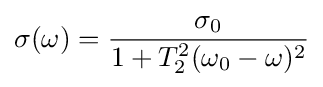
\sigma (\omega )={\frac {\sigma _{0}}{1+T_{2}^{2}(\omega _{0}-\omega )^{2}}}